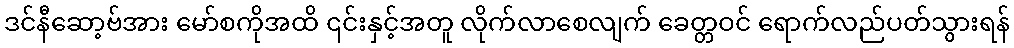
ဒင်နီဆော့ဗ်အား မော်စကိုအထိ ၎င်းနှင့်အတူ လိုက်လာစေလျက် ခေတ္တဝင် ရောက်လည်ပတ်သွားရန်